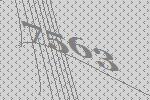
7563